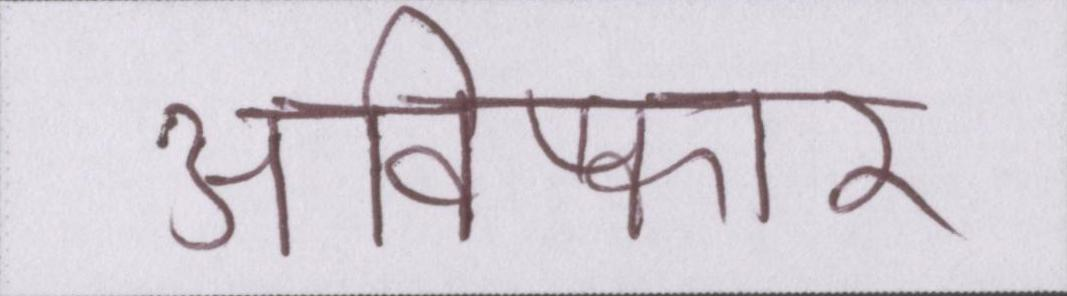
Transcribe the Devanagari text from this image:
आविष्कार